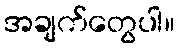
အချက်တွေပါ။